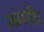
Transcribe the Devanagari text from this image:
जमरौद